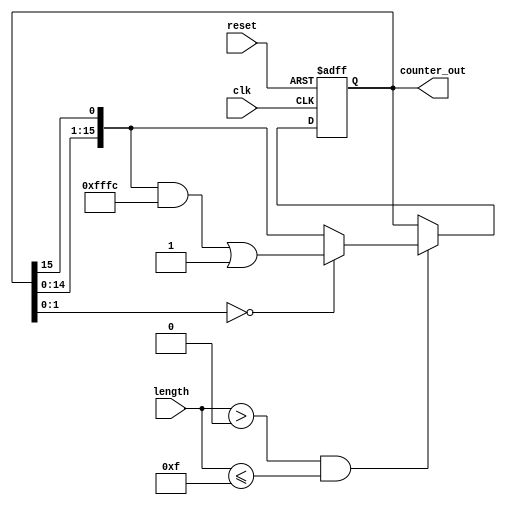
module variable_length_ring_counter (
    input wire clk,               // Clock signal
    input wire reset,             // Asynchronous reset
    input wire [3:0] length,      // Control input for the number of flip-flops (max 15)
    output reg [15:0] counter_out  // Output for the current state of the counter
);

    // Maximum length of the counter
    parameter MAX_LENGTH = 15;

    // Internal variable to hold the current state
    reg [15:0] state;

    // Always block for the counter operation
    always @(posedge clk or posedge reset) begin
        if (reset) begin
            // Initialize the counter to the first state
            state <= 16'b0000000000000001; // Only the first flip-flop is set
        end else if (length > 0 && length <= MAX_LENGTH) begin
            // Shift the active state to the next flip-flop
            state <= {state[14:0], state[15]}; // Circular shift
            // Ensure only the first 'length' bits are active
            if (state[length-1:0] == 0) begin
                state[length-1:0] <= 1; // Reset to the first active state
            end
        end
    end

    // Assign the current state to the output
    always @(*) begin
        counter_out = state;
    end

endmodule